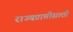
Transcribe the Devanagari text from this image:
राज्यप्राप्तीसाठी